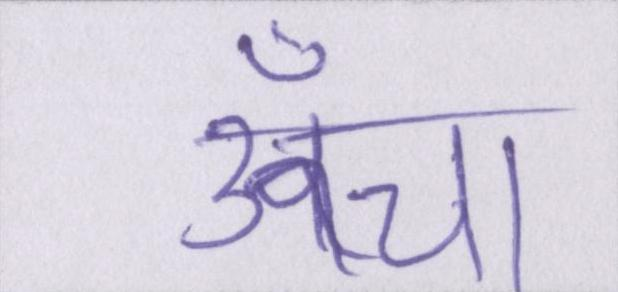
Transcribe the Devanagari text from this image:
ऊँचा